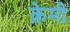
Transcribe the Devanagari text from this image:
क्रेमी